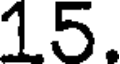
15.